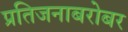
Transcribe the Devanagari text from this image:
प्रतिजनाबरोबर